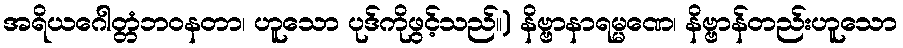
အရိယဂေါတ္တံဘဝနတာ၊ ဟူသော ပုဒ်ကိုဖွင့်သည်။) နိဗ္ဗာနာရမ္မဏေ၊ နိဗ္ဗာန်တည်းဟူသော